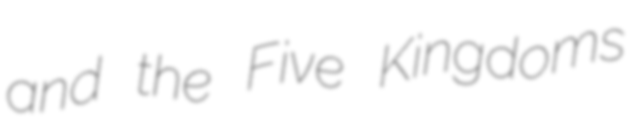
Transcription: and the Five Kingdoms